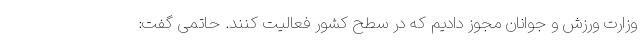
وزارت ورزش و جوانان مجوز دادیم که در سطح کشور فعالیت کنند. حاتمی گفت: